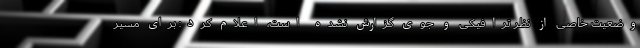
وضعیت خاصی از نظر ترافیکی و جوی گزارش نشده است، اعلام کرد: برای مسیر